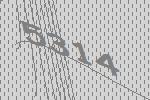
5314